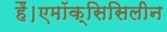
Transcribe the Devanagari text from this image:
हैं।एमॉक्सिसिलीन